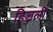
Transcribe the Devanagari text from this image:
हिज्जली